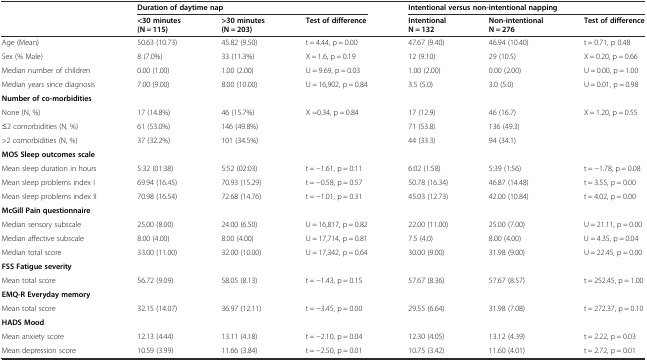
<table><thead><tr><td rowspan="2"></td><td colspan="3"><b>Duration of daytime nap</b></td><td colspan="3"><b>Intentional versus non-intentional napping</b></td></tr><tr><td><b>&lt;30 minutes (N = 115)</b></td><td><b>&gt;30 minutes (N = 203)</b></td><td><b>Test of difference</b></td><td><b>Intentional N = 132</b></td><td><b>Non-intentional N = 276</b></td><td><b>Test of difference</b></td></tr></thead><tbody><tr><td>Age (Mean)</td><td>50.63 (10.73)</td><td>45.82 (9.50)</td><td>t = 4.44, p = 0.00</td><td>47.67 (9.40)</td><td>46.94 (10.40)</td><td>t = 0.71, p 0.48</td></tr><tr><td>Sex (% Male)</td><td>8 (7.0%)</td><td>33 (11.3%)</td><td>Χ = 1.6, p = 0.19</td><td>12 (9.10)</td><td>29 (10.5)</td><td>X = 0.20, p = 0.66</td></tr><tr><td>Median number of children</td><td>0.00 (1.00)</td><td>1.00 (2.00)</td><td>U = 9.69, p = 0.03</td><td>1.00 (2.00)</td><td>0.00 (2.00)</td><td>U = 0.00, p = 1.00</td></tr><tr><td>Median years since diagnosis</td><td>7.00 (9.00)</td><td>8.00 (10.00)</td><td>U = 16,902, p = 0.84</td><td>3.5 (5.0)</td><td>3.0 (5.0)</td><td>U = 0.01, p = 0.98</td></tr><tr><td><b>Number of co-morbidities</b></td><td></td><td></td><td></td><td></td><td></td><td></td></tr><tr><td>None (N, %)</td><td>17 (14.8%)</td><td>46 (15.7%)</td><td>Χ =0.34, p = 0.84</td><td>17 (12.9)</td><td>46 (16.7)</td><td>X = 1.20, p = 0.55</td></tr><tr><td>≤2 comorbidities (N, %)</td><td>61 (53.0%)</td><td>146 (49.8%)</td><td></td><td>71 (53.8)</td><td>136 (49.3)</td><td></td></tr><tr><td>&gt;2 comorbidities (N, %)</td><td>37 (32.2%)</td><td>101 (34.5%)</td><td></td><td>44 (33.3)</td><td>94 (34.1)</td><td></td></tr><tr><td><b>MOS Sleep outcomes scale</b></td><td></td><td></td><td></td><td></td><td></td><td></td></tr><tr><td>Mean sleep duration in hours</td><td>5:32 (01:38)</td><td>5:52 (02:03)</td><td>t = −1.61, p = 0:11</td><td>6:02 (1:58)</td><td>5:39 (1:56)</td><td>t = −1.78, p = 0.08</td></tr><tr><td>Mean sleep problems index I</td><td>69.94 (16.45)</td><td>70.93 (15.29)</td><td>t = −0.58, p = 0.57</td><td>50.78 (16.34)</td><td>46.87 (14.48)</td><td>t = 3.55, p = 0.00</td></tr><tr><td>Mean sleep problems index II</td><td>70.98 (16.54)</td><td>72.68 (14.76)</td><td>t = −1.01, p = 0.31</td><td>45.03 (12.73)</td><td>42.00 (10.84)</td><td>t = 4.02, p = 0.00</td></tr><tr><td><b>McGill Pain questionnaire</b></td><td></td><td></td><td></td><td></td><td></td><td></td></tr><tr><td>Median sensory subscale</td><td>25.00 (8.00)</td><td>24.00 (6.50)</td><td>U = 16,817, p = 0.82</td><td>22.00 (11.00)</td><td>25.00 (7.00)</td><td>U = 21.11, p = 0.00</td></tr><tr><td>Median affective subscale</td><td>8.00 (4.00)</td><td>8.00 (4.00)</td><td>U = 17,714, p = 0.81</td><td>7.5 (4.0)</td><td>8.00 (4.00)</td><td>U = 4.35, p = 0.04</td></tr><tr><td>Median total score</td><td>33.00 (11.00)</td><td>32.00 (10.00)</td><td>U = 17,342, p = 0.64</td><td>30.00 (9.00)</td><td>31.98 (9.00)</td><td>U = 22.45, p = 0.00</td></tr><tr><td><b>FSS Fatigue severity</b></td><td></td><td></td><td></td><td></td><td></td><td></td></tr><tr><td>Mean total score</td><td>56.72 (9.09)</td><td>58.05 (8.13)</td><td>t = −1.43, p = 0.15</td><td>57.67 (8.36)</td><td>57.67 (8.57)</td><td>t = 252.45, p = 1.00</td></tr><tr><td><b>EMQ-R Everyday memory</b></td><td></td><td></td><td></td><td></td><td></td><td></td></tr><tr><td>Mean total score</td><td>32.15 (14.07)</td><td>36.97 (12.11)</td><td>t = −3.45, p = 0.00</td><td>29.55 (6.64)</td><td>31.98 (7.08)</td><td>t = 272.37, p = 0.10</td></tr><tr><td><b>HADS Mood</b></td><td></td><td></td><td></td><td></td><td></td><td></td></tr><tr><td>Mean anxiety score</td><td>12.13 (4.44)</td><td>13.11 (4.18)</td><td>t = −2.10, p = 0.04</td><td>12.30 (4.05)</td><td>13.12 (4.39)</td><td>t = 2.22, p = 0.03</td></tr><tr><td>Mean depression score</td><td>10.59 (3.99)</td><td>11.66 (3.84)</td><td>t = −2.50, p = 0.01</td><td>10.75 (3.42)</td><td>11.60 (4.01)</td><td>t = 2.72, p = 0.01</td></tr></tbody></table>